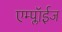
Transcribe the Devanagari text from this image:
एम्प्लॉईज